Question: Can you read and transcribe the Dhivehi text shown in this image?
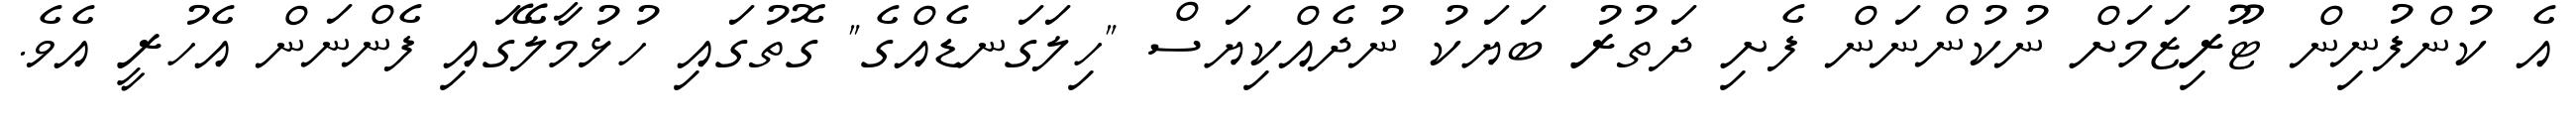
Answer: އެ ކުންފުނިން ޓޫރިޒަމަށް ނުކުންނަން ފެށި ދަތުރު ބަޔަކު ނުދެއްކިޔަސް "ހިލަގަނޑެއްގެ" ގޮތުގައި ހުޅުމާލޭގައި ފެންނަން އެހުރީ އެވެ.